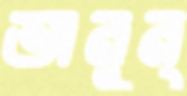
অনুন্